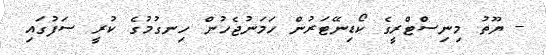
- ޔޫތު މިނިސްޓްރީގެ ކޯޑިނޭޓަރުން ހަމަނުޖެހުން ހިނގުމުގެ ކުރީ ސަފުގައި